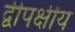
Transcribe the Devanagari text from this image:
द्वीपक्षीय